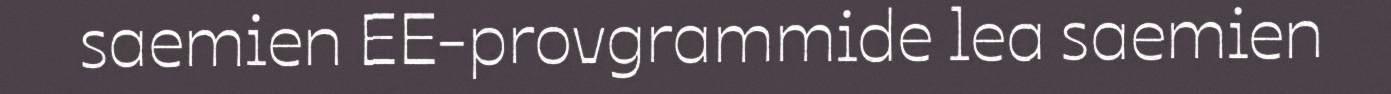
saemien EE-provgrammide lea saemien